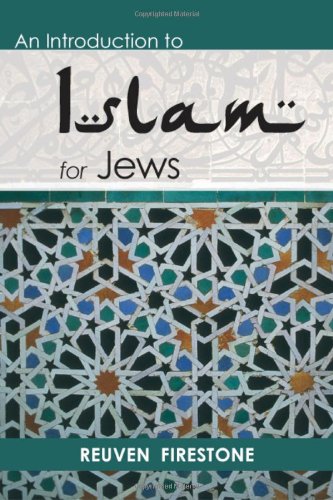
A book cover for An Introduction to Islam for Jews; Reuven Firestone PhD; Religion & Spirituality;